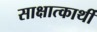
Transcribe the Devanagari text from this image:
साक्षात्कार्थी